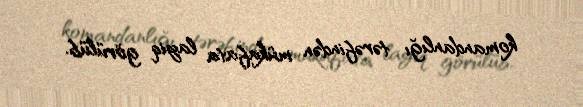
komandanlığı tərəfindən mükafata layiq görülüb.